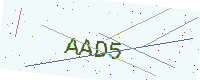
Text: AAD5